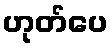
ဟုတ်ပေ